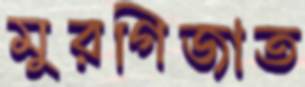
মুরগিজাত